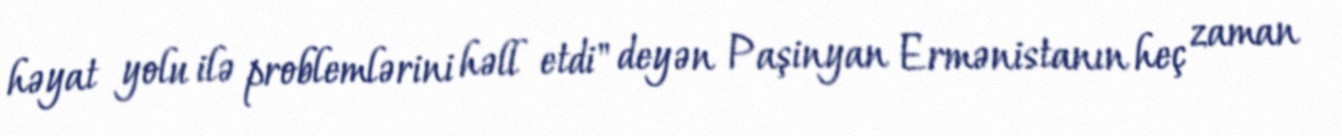
həyat yolu ilə problemlərini həll etdi" deyən Paşinyan Ermənistanın heç zaman